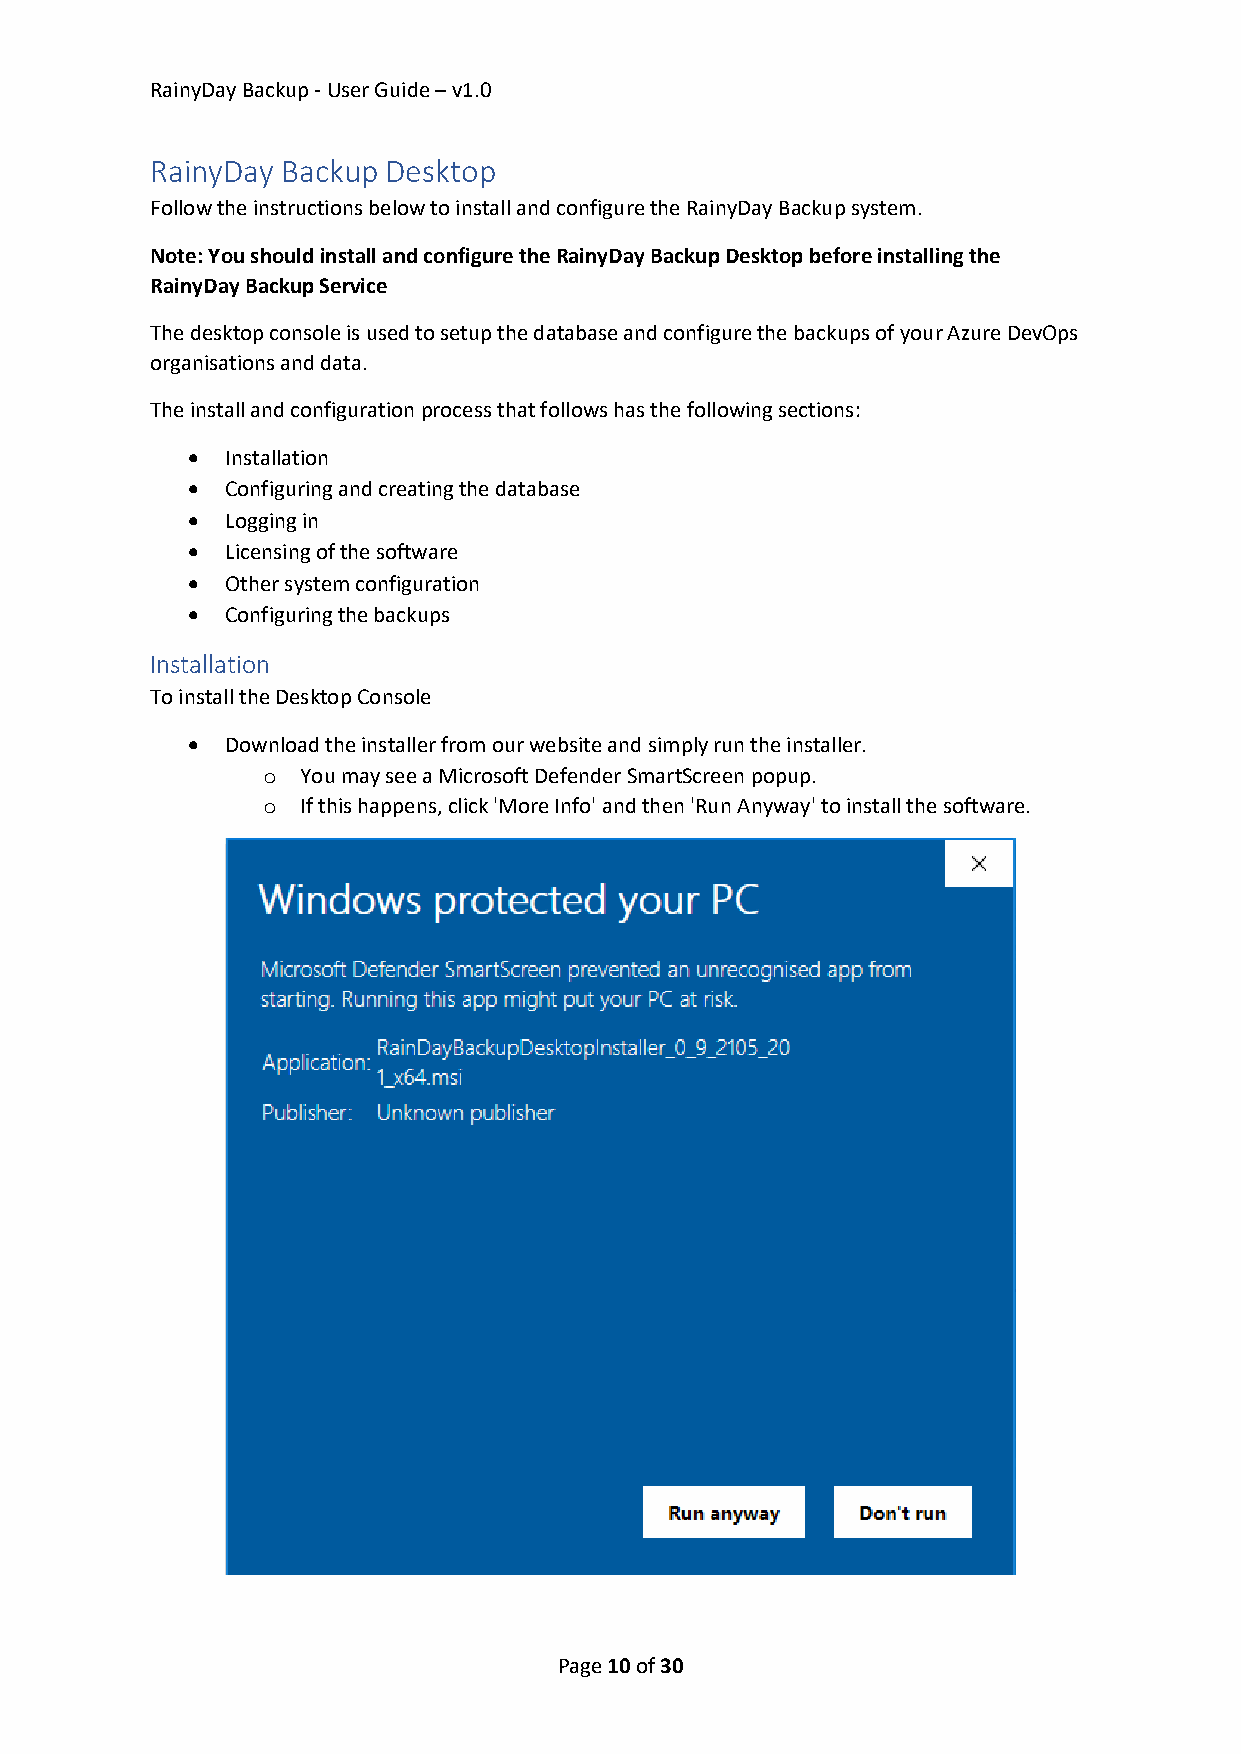
RainyDay Backup - User Guide – v1.0
 RainyDay Backup Desktop
 Follow the instructions below to install and configure the RainyDay Backup system.
 Note: You should install and configure the RainyDay Backup Desktop before installing the
 RainyDay Backup Service
 The desktop console is used to setup the database and configure the backups of your Azure DevOps
 organisations and data.
 The install and configuration process that follows has the following sections:
 •  Installation
 •  Configuring and creating the database
 •  Logging in
 •  Licensing of the software
 •  Other system configuration
 •  Configuring the backups
 Installation
 To install the Desktop Console
 •  Download the installer from our website and simply run the installer.
 o  You may see a Microsoft Defender SmartScreen popup.
 o  If this happens, click 'More Info' and then 'Run Anyway' to install the software.
 Page 10 of 30